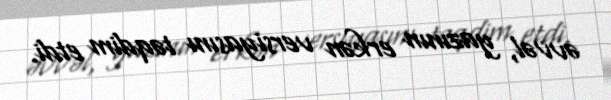
əvvəl, yazının erkən versiyasını təqdim etdi.